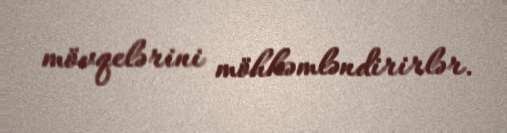
mövqelərini möhkəmləndirirlər.